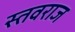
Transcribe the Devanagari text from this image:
स्तवराज